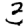
Digit: 3